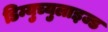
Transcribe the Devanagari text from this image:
डिम्युच्युलाइज्ड